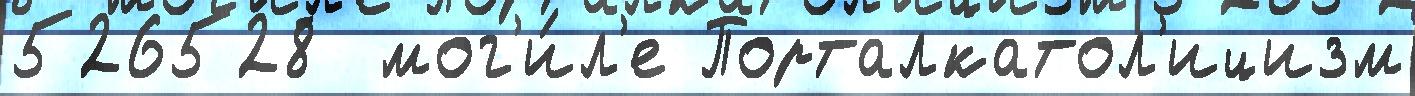
526528  мог'и́л'е Порталкатол'ицизм